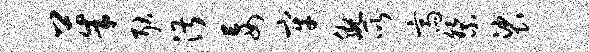
茱耿湛妄牢腕所斋祭裟